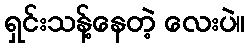
ရှင်းသန့်နေတဲ့ လေးပဲ။